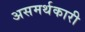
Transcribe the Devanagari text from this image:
असमर्थकारी